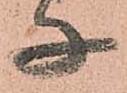
子